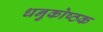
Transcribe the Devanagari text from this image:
धनुकोष्ठक